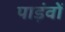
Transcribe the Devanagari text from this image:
पाड़ंवों